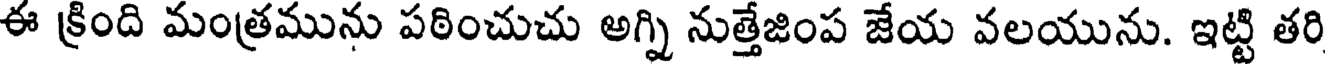
ఈ క్రింది మంత్రమును పఠించుచు అగ్ని నుత్తేజింప జేయ వలయును. ఇట్టి తరి